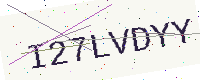
Text: I27LVDYY